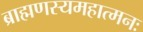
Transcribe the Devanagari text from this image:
ब्राह्मणस्यमहात्मनः